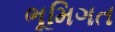
ભૂમિગત